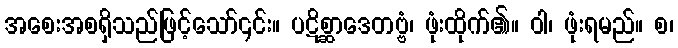
အစေးအစရှိသည်ဖြင့်သော်၎င်း။ ပဋိစ္ဆာဒေတဗ္ဗံ၊ ဖုံးထိုက်၏။ ဝါ၊ ဖုံးရမည်။ စ၊